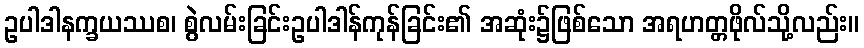
ဥပါဒါနက္ခယဿစ၊ စွဲလမ်းခြင်းဥပါဒါန်ကုန်ခြင်း၏ အဆုံး၌ဖြစ်သော အရဟတ္တဖိုလ်သို့လည်း။